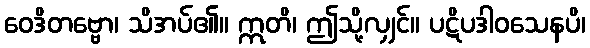
ဝေဒိတဗ္ဗော၊ သိအပ်၏။ ဣတိ၊ ဤသို့လျှင်။ ပဋိပဒါဝသေနပိ၊